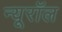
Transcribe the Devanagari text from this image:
न्यूरॉल